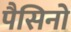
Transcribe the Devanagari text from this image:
पैसिनो